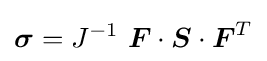
{\boldsymbol {\sigma }}=J^{-1}~{\boldsymbol {F}}\cdot {\boldsymbol {S}}\cdot {\boldsymbol {F}}^{T}